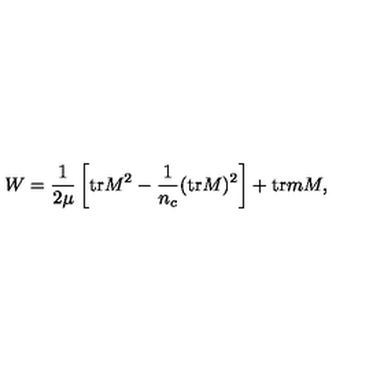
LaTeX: W = \frac { 1 } { 2 \mu } \left[ \mathrm { t r } M ^ { 2 } - \frac { 1 } { n _ { c } } ( \mathrm { t r } M ) ^ { 2 } \right] + \mathrm { t r } m M ,